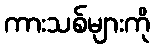
ကားသစ်များကို